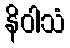
နိဝါသံ